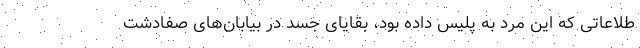
طلاعاتی که این مرد به پلیس داده بود، بقایای جسد در بیابان‌های صفادشت